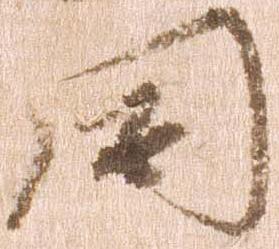
同